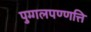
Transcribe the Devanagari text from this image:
पुग्गलपण्णत्ति